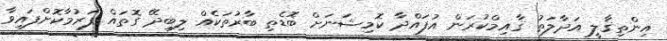
އިންތިޤާލީ އަދާލަތު ޤާއިމްކުރަން އުފައްދާ ކޮމިޝަނަށް ބޮޑެތި ބާރުތަކެއް ލިބިދޭ ގޮތައް ފަރުމާކޮށްފައިވާ